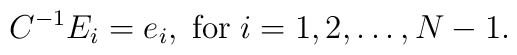
C^{-1}E_i=e_i, \; {\rm for}\; i=1,2,\ldots,N-1.